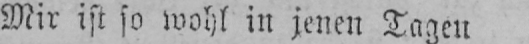
Mir ist so wohl in jenen Tagen